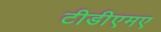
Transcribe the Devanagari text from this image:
टीडीएमए